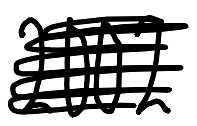
Text: 2002
Cross-out: mix
Writing tool: digital_black